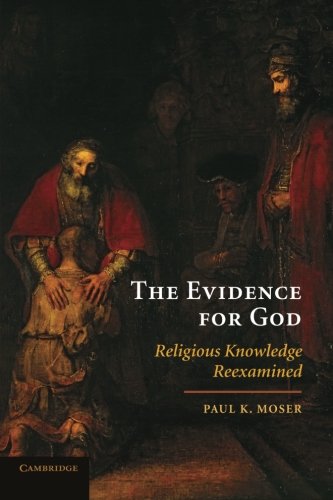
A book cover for The Evidence for God: Religious Knowledge Reexamined; Paul K. Moser; Religion & Spirituality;